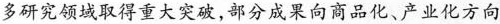
多研究领域取得重大突破，部分成果向商品化、产业化方向